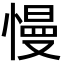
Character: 慢